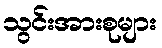
သွင်းအားစုများ